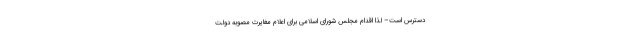
دسترس است– لذا اقدام مجلس شورای اسلامی برای اعلام مغایرت مصوبه دولت